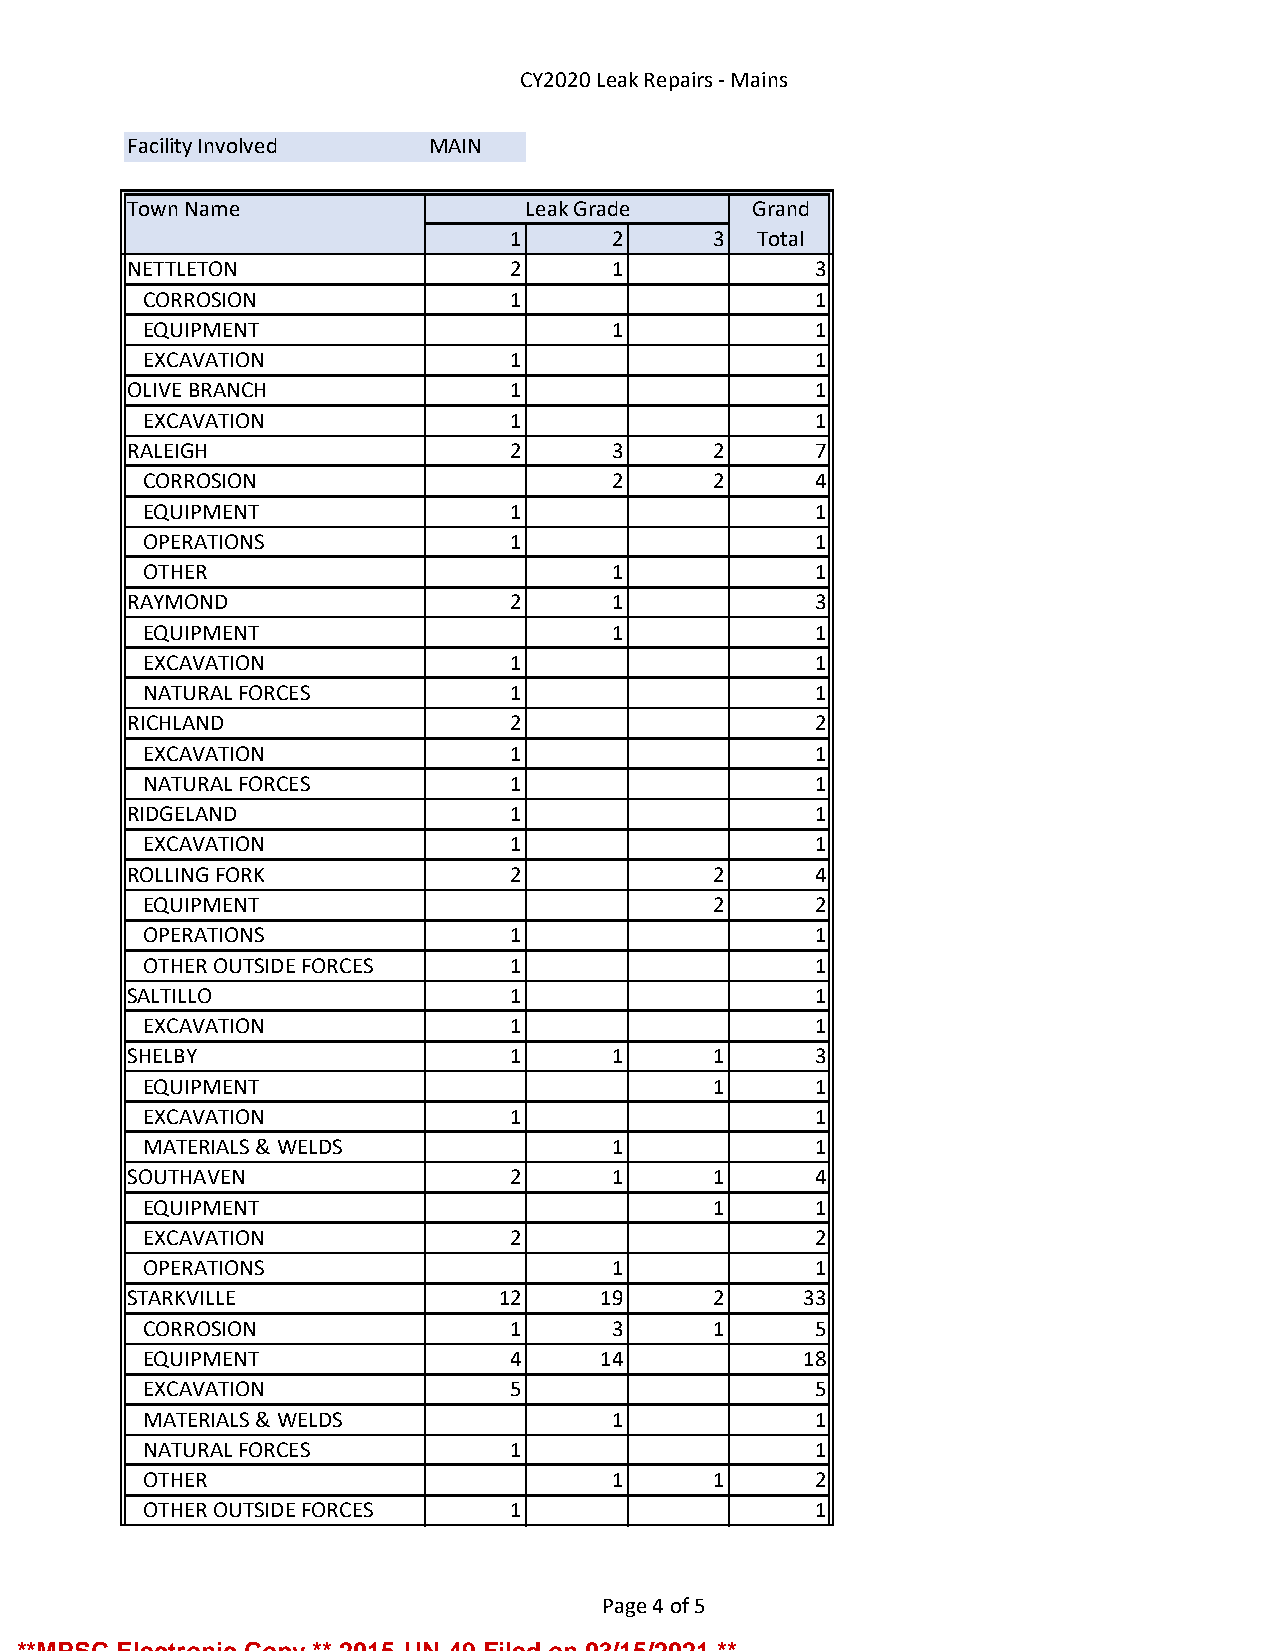
CY2020 Leak Repairs - Mains
 Facility Involved   MAIN
 Town Name                 Leak Grade     Grand
 1      2     3  Total
 NETTLETON                2      1            3
 CORROSION               1                   1
 EQUIPMENT                      1            1
 EXCAVATION              1                   1
 OLIVE BRANCH             1                   1
 EXCAVATION              1                   1
 RALEIGH                  2      3     2      7
 CORROSION                      2     2      4
 EQUIPMENT               1                   1
 OPERATIONS              1                   1
 OTHER                          1            1
 RAYMOND                  2      1            3
 EQUIPMENT                      1            1
 EXCAVATION              1                   1
 NATURAL FORCES          1                   1
 RICHLAND                 2                   2
 EXCAVATION              1                   1
 NATURAL FORCES          1                   1
 RIDGELAND                1                   1
 EXCAVATION              1                   1
 ROLLING FORK             2            2      4
 EQUIPMENT                            2      2
 OPERATIONS              1                   1
 OTHER OUTSIDE FORCES    1                   1
 SALTILLO                 1                   1
 EXCAVATION              1                   1
 SHELBY                   1      1     1      3
 EQUIPMENT                            1      1
 EXCAVATION              1                   1
 MATERIALS & WELDS              1            1
 SOUTHAVEN                2      1     1      4
 EQUIPMENT                            1      1
 EXCAVATION              2                   2
 OPERATIONS                     1            1
 STARKVILLE              12     19     2     33
 CORROSION               1      3     1      5
 EQUIPMENT               4     14           18
 EXCAVATION              5                   5
 MATERIALS & WELDS              1            1
 NATURAL FORCES          1                   1
 OTHER                          1     1      2
 OTHER OUTSIDE FORCES    1                   1
 Page 4 of 5
 **MPSC Electronic Copy ** 2015-UN-49 Filed on 03/15/2021 **